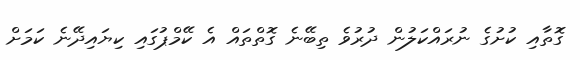
ގޮތާއި ކުށުގެ ނުރައްކަލުން ދުރުވެ ތިބޭނެ ގޮތްތައް އެ ކޭމްޕުގައި ކިޔައިދޭނެ ކަމަށް